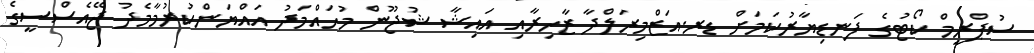
ސުޕްރީމް ކޯޓުގެ ފަނޑިޔާރުކަމަށް ޑރ.އަޒްމިރަލްދާ ޒާހިރާއި އައިޝާ ޝުޖޫން މުހައްމަދު އައްޔަންކުރުމާމެދު ޖޭއެސްސީގެ